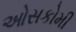
ઓસકોમી